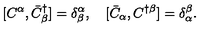
[ C ^ { \alpha } , \bar { C } _ { \beta } ^ { \dagger } ] = \delta _ { \beta } ^ { \alpha } , \quad [ \bar { C } _ { \alpha } , C ^ { \dagger \beta } ] = \delta _ { \alpha } ^ { \beta } .